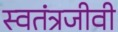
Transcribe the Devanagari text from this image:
स्वतंत्रजीवी